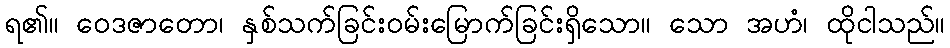
ရ၏။ ဝေဒဇာတော၊ နှစ်သက်ခြင်းဝမ်းမြောက်ခြင်းရှိသော။ သော အဟံ၊ ထိုငါသည်။